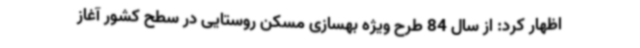
اظهار کرد: از سال 84 طرح ویژه بهسازی مسکن روستایی در سطح کشور آغاز